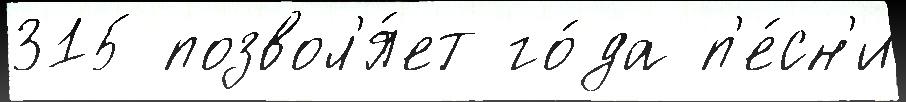
315 позвол'я́ет го́да п'е́сн'и